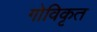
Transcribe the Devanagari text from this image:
गोविकृत